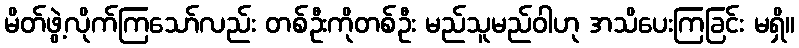
မိတ်ဖွဲ့လိုက်ကြသော်လည်း တစ်ဦးကိုတစ်ဦး မည်သူမည်ဝါဟု အသိပေးကြခြင်း မရှိ။